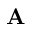
\mathbf { A }